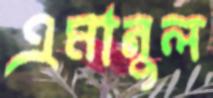
এমানুল